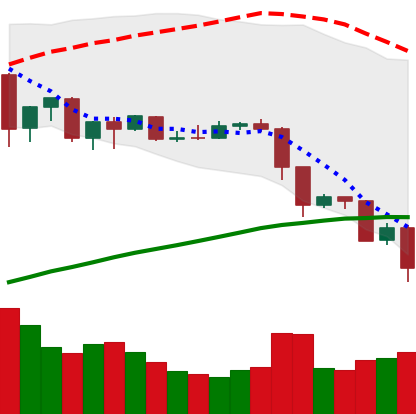
Ticker: EOS-USD
Chart end date: 2019-07-16
Forward return: 17.699%
Label: up_7plus